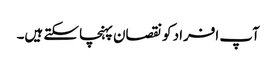
آپ افراد کو نقصان پہنچا سکتے ہیں۔